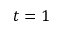
t = 1